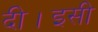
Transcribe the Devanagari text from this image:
दी।इसी